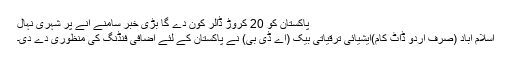
پاکستان کو 20 کروڑ ڈالر کون دے گا بڑی خبر سامنے آنے پر شہری نہال
اسلام آباد (صرف اردو ڈاٹ کام)ایشیائی ترقیاتی بیک (اے ڈی بی) نے پاکستان کے لئے اضافی فنڈنگ کی منظوری دے دی۔